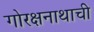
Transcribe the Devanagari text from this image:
गोरक्षनाथाची